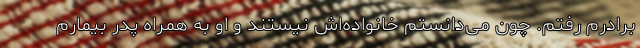
برادرم رفتم. چون می‌دانستم خانواده‌اش نیستند و او به همراه پدر بیمارم